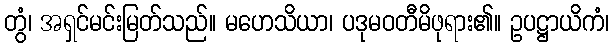
တွံ၊ အရှင်မင်းမြတ်သည်။ မဟေသိယာ၊ ပဒုမဝတီမိဖုရား၏။ ဥပဋ္ဌာယိကံ၊